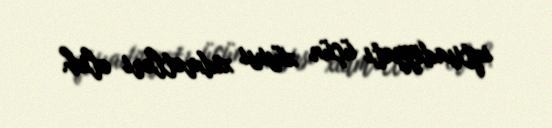
iqtisadiyyatı üçün xüsusi xidmətləri olub.